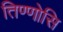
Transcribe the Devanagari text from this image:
तिण्णोसि